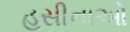
હસીનાઓ